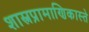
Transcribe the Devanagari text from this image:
शास्त्रप्रामाणिकास्ते